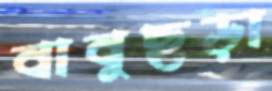
বাবুছড়া